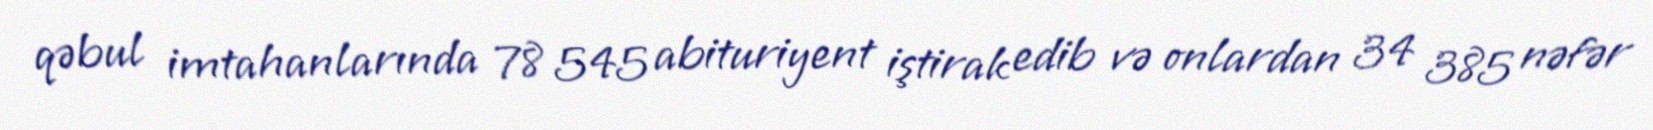
qəbul imtahanlarında 78 545 abituriyent iştirak edib və onlardan 34 385 nəfər